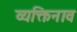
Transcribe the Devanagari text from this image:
व्यक्तिनाव